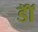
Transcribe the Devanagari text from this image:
डाॅॅ